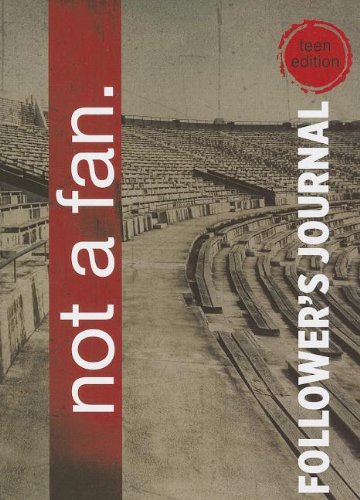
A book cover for Not a Fan Follower's Journal for Teens; Zondervan; Christian Books & Bibles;